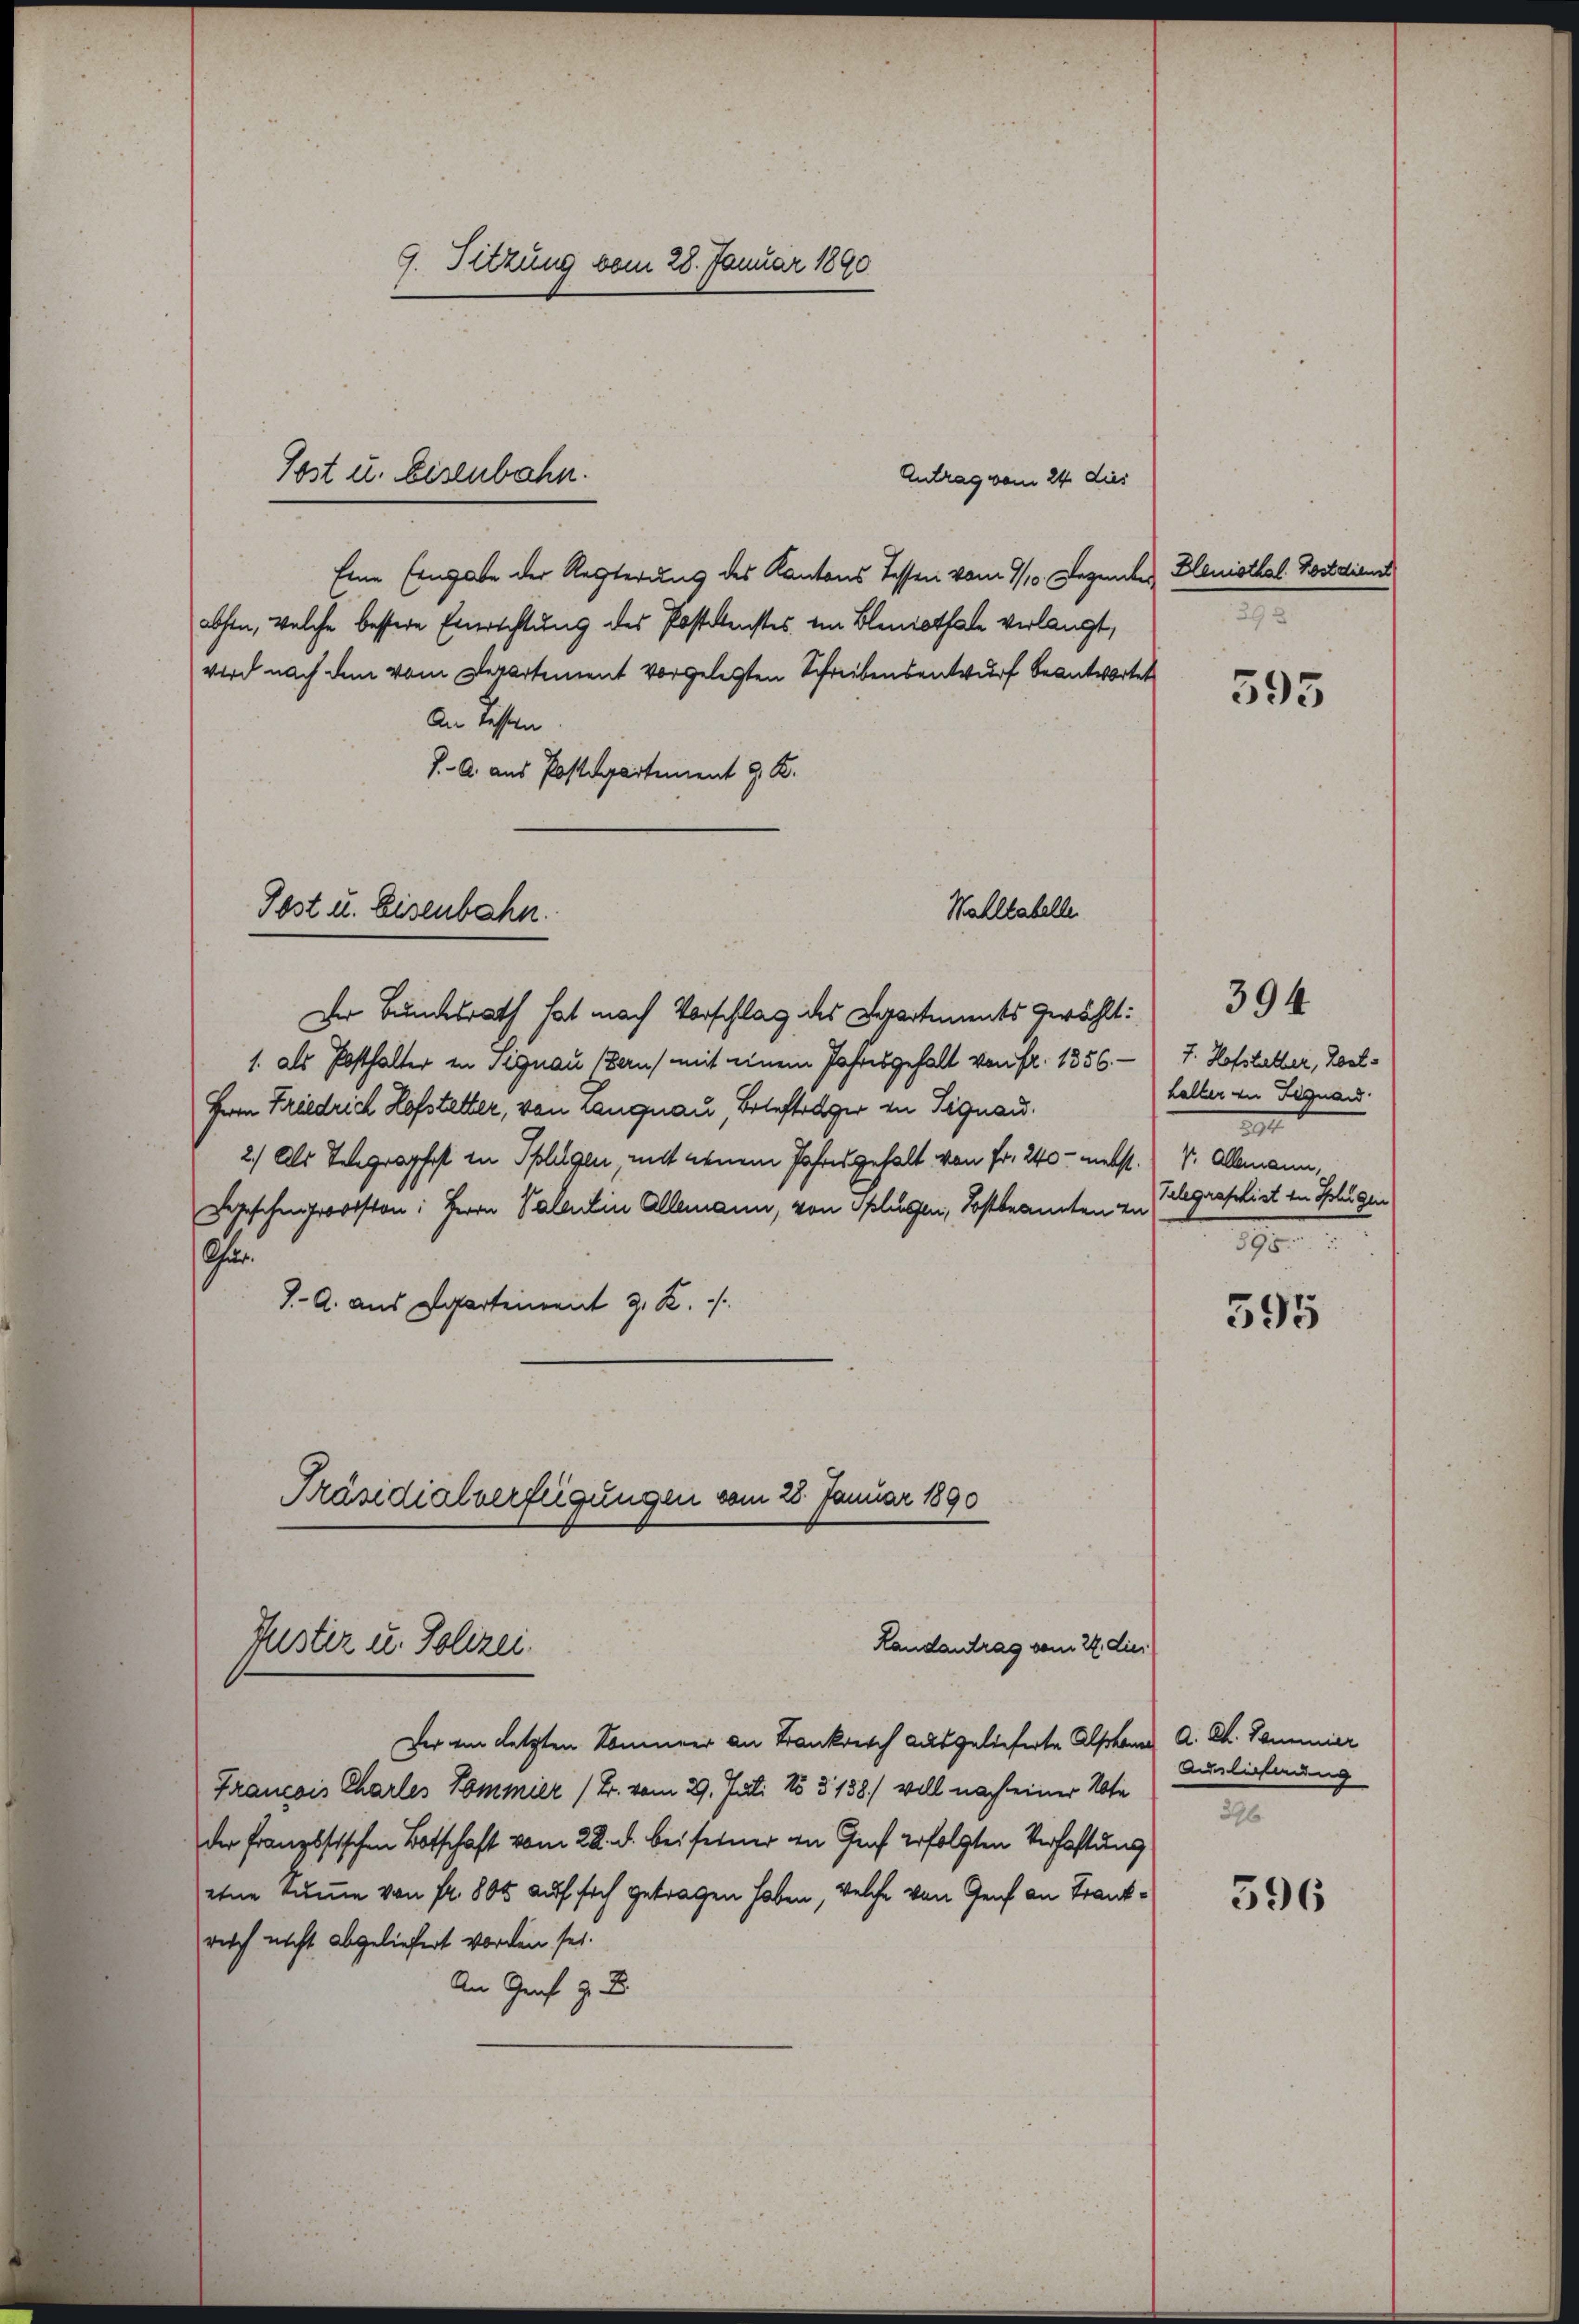
Antrag vom 24. dies
Eine Eingabe der Rechterung des Kantons Tessen vom 7/10. Dezember Bleniottal Postdienst
absen, welche bessere Einrichtung des Postenstes im Bleniathale verlangt,
wird nach dem vom Departement vorgelegten Schreibensentwurf beantwortet
An bessern.
J. A. aus Postdepartement J. K.
Der Bundesrath hat nach Vorschlag des Spartements gewählt:
1. als Posthalter in Signau (Bern) mit einem Jahresgehalt von Fr. 1356. 7. Hofsteller, Zel¬
Herrn Friedrich Hofstetter, von Langnau, Betefträger in Signau.
2.) Als Telegraphist in Splügen, mit denem Jahresgehalt von Fr. 240 - nebst. v. Allemann,
Sgeschenfrorsston: Herrn Valentin Allemann, von Splügen, Kostbrannten von Gelegraphist von Flugen
Chur
J. A. aus Departement J. K.
Präsidialverfügungen vom 28. Januar 1890

9. Sitzung vom 28. Januar 1890

Post u. Eisenbahn.

Post u. Eisenbahn.

Puster u. Polizei.

Wahllabelle

Landantrag vom 22. dies

Der am letzten Sommer an Frankreich ausgelieferte Also kann A. Ch. Sammier
Francois Chartes Kommier (Br. vom 29. Juli 15 § 138./ will nach einer Note
der französischen Botschaft vom 28. d. bei feiner in Genf erfolgten Verhaftung
etne kumme von fr. 800 auf sich getragen haben, welche von Genf an Frankruch nicht abgeliefert worden sei.
An Graf z. B

7

595

halter von Signand
37
70.

394

395

Adelichnung
M

596